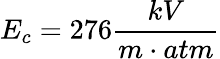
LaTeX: E_{c}=276\frac{kV}{m\cdot atm}